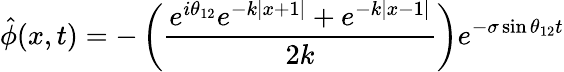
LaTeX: \hat{\phi}(x,t)=-\left(\frac{e^{i\theta_{12}}e^{-k|x+1|}+e^{-k|x-1|}}{2k}\right)e^{-\sigma\sin\theta_{12}t}